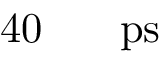
4 0 \ensuremath { \mathrm { ~ \textrm ~ { ~ \, ~ } ~ } } \ensuremath { \mathrm { p s } }